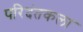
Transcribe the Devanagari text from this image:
परिदंतकला